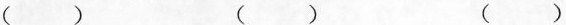
（ ） （ ） （ ）